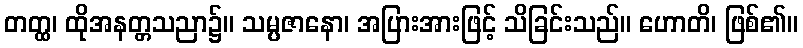
တတ္ထ၊ ထိုအနတ္တသညာ၌။ သမ္ပဇာနော၊ အပြားအားဖြင့် သိခြင်းသည်။ ဟောတိ၊ ဖြစ်၏။